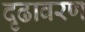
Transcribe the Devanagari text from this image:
दृढावरण